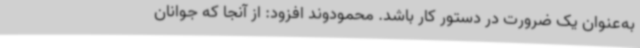
به‌عنوان یک ضرورت در دستور کار باشد. محمودوند افزود: از آنجا که جوانان